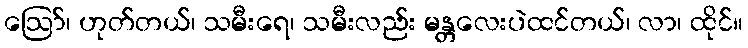
ဪ၊ ဟုတ်တယ်၊ သမီးရေ၊ သမီးလည်း မန္တလေးပဲထင်တယ်၊ လာ၊ ထိုင်။